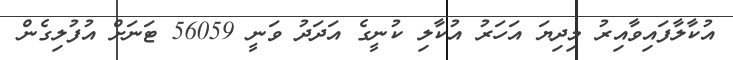
އުކާލާފައިވާއިރު މިދިޔަ އަހަރު އުކާލި ކުނީގެ އަދަދު ވަނީ 56059 ޓަނަށް އުފުލިގެން